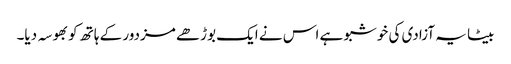
بیٹا یہ آزادی کی خوشبو ہے اس نے ایک بوڑھے مزدور کے ہاتھ کو بھوسہ دیا۔